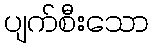
ပျက်စီးသော